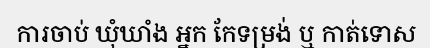
ការចាប់ ឃុំឃាំង អ្នក កែទម្រង់ ឬ កាត់ទោស